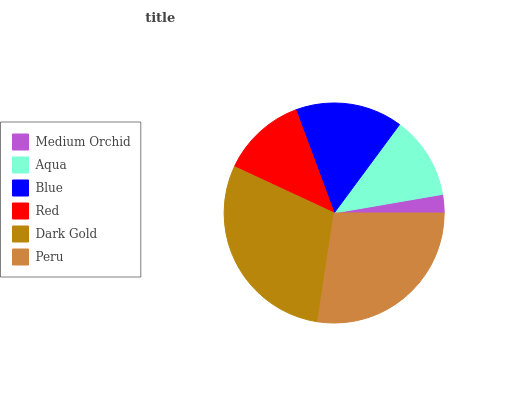
| Medium Orchid | Aqua | Blue | Red | Dark Gold | Peru |
 | --- | --- | --- | --- | --- | --- |
 | 2.7% | 12.2% | 15.8% | 12.4% | 29.6% | 27.4% |